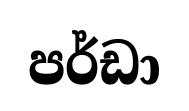
පර්ඩා